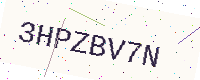
Text: 3HPZBV7N